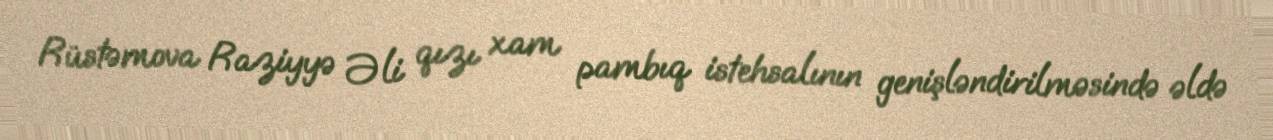
Rüstəmova Raziyyə Əli qızı xam pambıq istehsalının genişləndirilməsində əldə